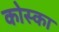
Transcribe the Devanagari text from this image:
कोस्का